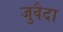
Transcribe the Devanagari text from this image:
जुवैदा